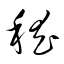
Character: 嵆